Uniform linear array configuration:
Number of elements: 64
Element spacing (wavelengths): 0.25
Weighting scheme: cosine
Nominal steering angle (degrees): -30
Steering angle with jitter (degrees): -29.429
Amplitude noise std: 0.05
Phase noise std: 0.05

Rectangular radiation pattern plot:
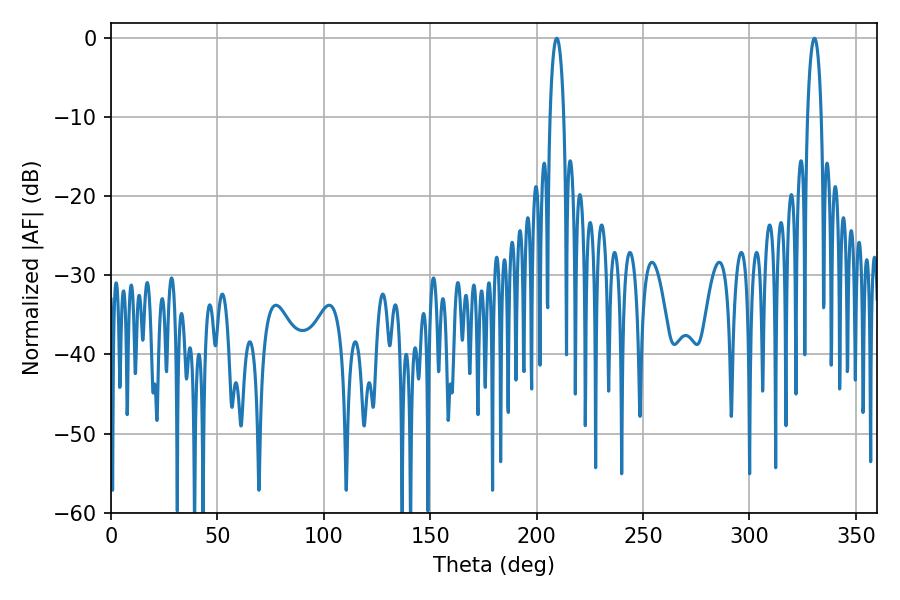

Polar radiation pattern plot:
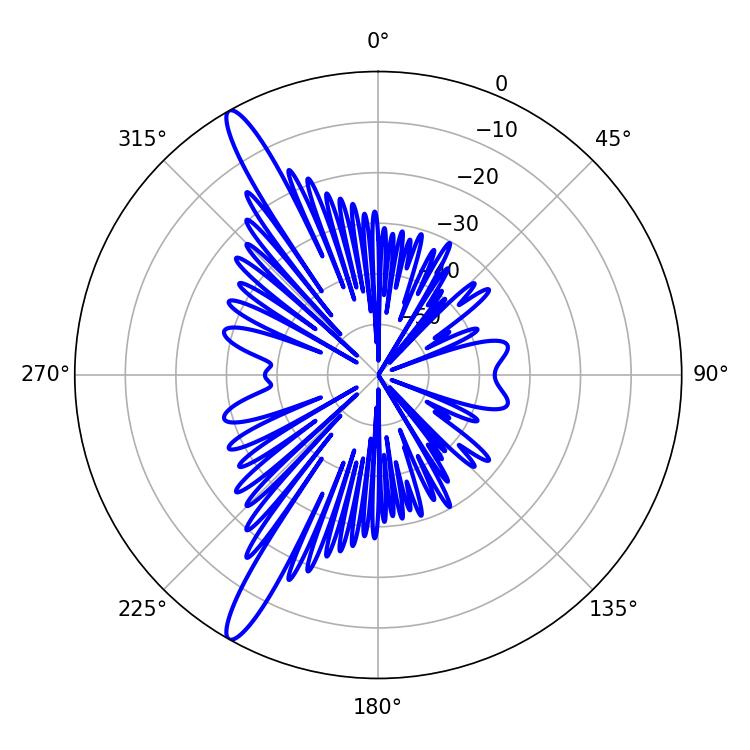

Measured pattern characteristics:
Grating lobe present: FALSE
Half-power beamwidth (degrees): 3.6
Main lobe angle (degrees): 209.52